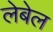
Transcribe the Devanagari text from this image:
लेबेल